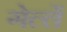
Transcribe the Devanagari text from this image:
गेल्लें